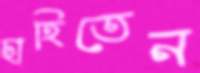
ছাহিতেন